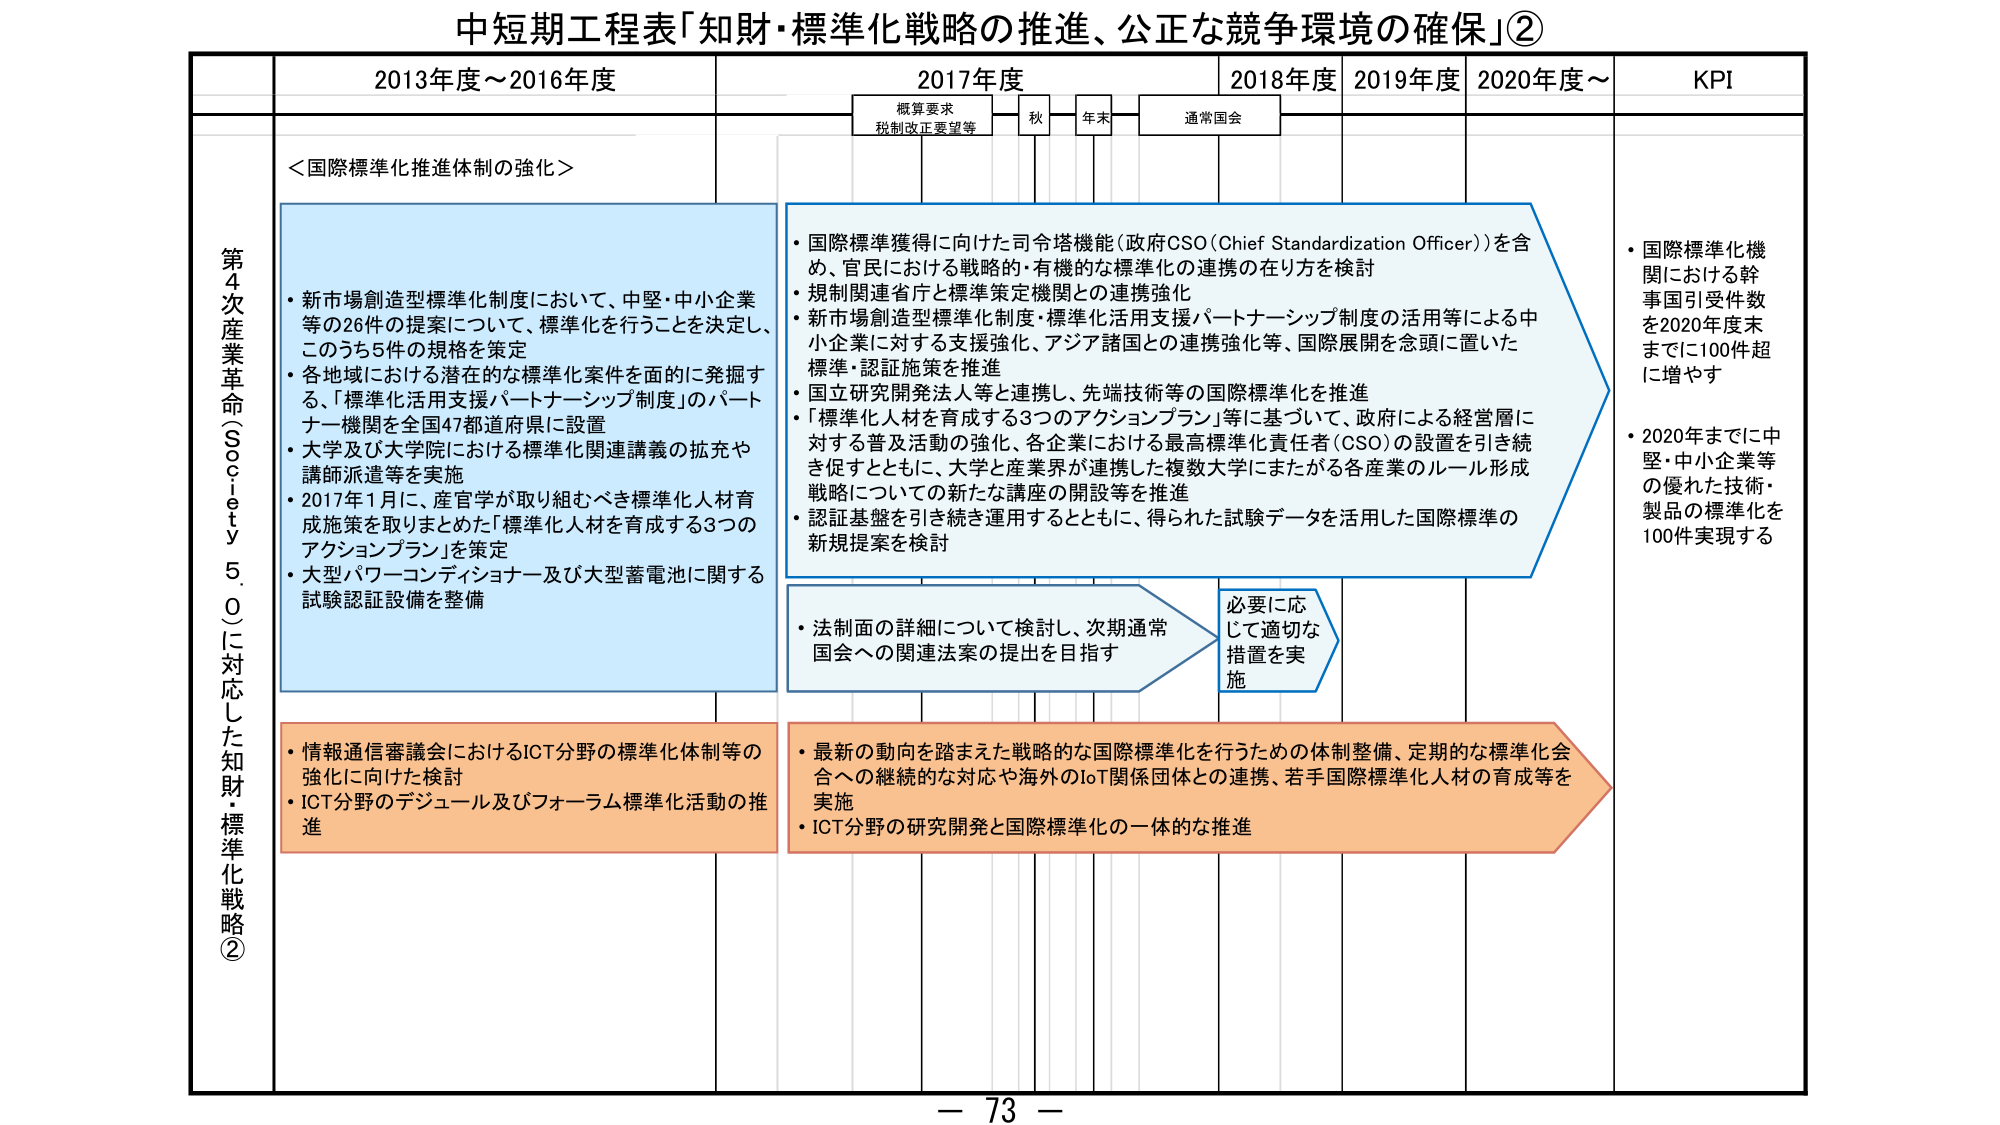
中短期工程表「知財・標準化戦略の推進、公正な競争環境の確保」②

2013年度～2016年度
2017年度
2018年度
2019年度
2020年度～
KPI

概算要求
税制改正要望等
秋
年末
通常国会

第4次産業革命（Society 5.0）に対応した知財・標準化戦略②

＜国際標準化推進体制の強化＞

・新市場創造型標準化制度において、中堅・中小企業等の26件の提案について、標準化を行うことを決定し、このうち5件の規格を策定
・各地域における潜在的な標準化案件を面的に発掘する、「標準化活用支援パートナーシップ制度」のパートナー機関を全国47都道府県に設置
・大学及び大学院における標準化関連講義の拡充や講師派遣等を実施
・2017年1月に、産官学が取り組むべき標準化人材育成施策を取りまとめた「標準化人材を育成する3つのアクションプラン」を策定
・大型パワーコンディショナー及び大型蓄電池に関する試験認証設備を整備

・国際標準獲得に向けた司令塔機能（政府CSO（Chief Standardization Officer））を含め、官民における戦略的・有機的な標準化の連携の在り方を検討
・規制関連省庁と標準策定機関との連携強化
・新市場創造型標準化制度・標準化活用支援パートナーシップ制度の活用等による中小企業に対する支援強化、アジア諸国との連携強化等、国際展開を念頭に置いた標準・認証施策を推進
・国立研究開発法人等と連携し、先端技術等の国際標準化を推進
・「標準化人材を育成する3つのアクションプラン」等に基づいて、政府による経営層に対する普及活動の強化、各企業における最高標準化責任者（CSO）の設置を引き続き促すとともに、大学と産業界が連携した複数大学にまたがる各産業のルール形成戦略についての新たな講座の開設等を推進
・認証基盤を引き続き運用するとともに、得られた試験データを活用した国際標準の新規提案を検討

・法制面の詳細について検討し、次期通常国会への関連法案の提出を目指す

必要に応じて適切な措置を実施

・情報通信審議会におけるICT分野の標準化体制等の強化に向けた検討
・ICT分野のデジタル及びフォーラム標準化活動の推進

・最新の動向を踏まえた戦略的な国際標準化を行うための体制整備、定期的な標準化会合への継続的な対応や海外のIoT関係団体との連携、若手国際標準化人材の育成等を実施
・ICT分野の研究開発と国際標準化の一体的な推進

・国際標準化機関における幹事国引受件数を2020年度末までに100件超に増やす
・2020年までに中堅・中小企業等の優れた技術・製品の標準化を100件実現する

－ 73 －